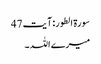
سورۃ الطور: آیت 47
میرے اللہ ۔